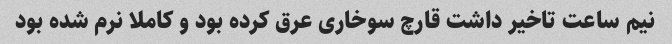
نیم ساعت تاخیر داشت قارچ سوخاری عرق کرده بود و کاملا نرم شده بود